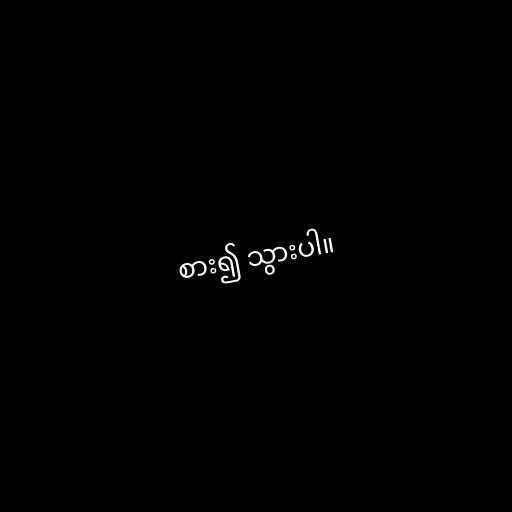
စား၍ သွားပါ။